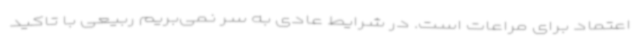
اعتماد برای مراعات است. در شرایط عادی به سر نمی‌بریم ربیعی با تاکید